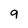
Character: 9